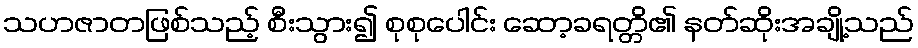
သဟဇာတဖြစ်သည့် စီးသွား၍ စုစုပေါင်း ဆော့ခရတ္တိ၏ နတ်ဆိုးအချို့သည်